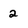
Character: 2